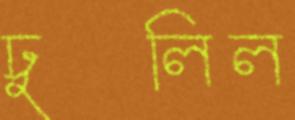
ঢুলিল